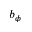
b _ { \phi }